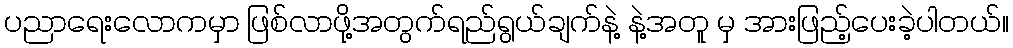
ပညာရေးလောကမှာ ဖြစ်လာဖို့အတွက်ရည်ရွယ်ချက်နဲ့ နဲ့အတူ မှ အားဖြည့်ပေးခဲ့ပါတယ်။